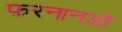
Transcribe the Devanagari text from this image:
फ़रनानडो